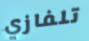
تلفازي